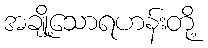
အချို့သောရဟန်းတို့